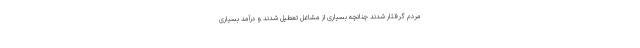
مردم گرفتار شدند چنانچه بسیاری از مشاغل تعطیل شدند و درآمد بسیاری